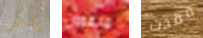
يمكن مدعوون فقدت